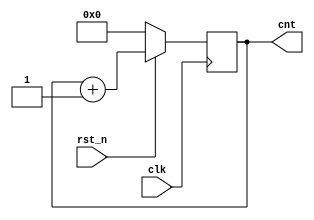
module counter(clk,rst_n,cnt);
input clk,rst_n;
output [3:0] cnt;

reg [3:0] cnt;

always @(posedge clk) begin
if(~rst_n)
    cnt=4'b0000;
else
    cnt=cnt+1;
end
endmodule

`timescale 1ns/1ps
module counter_tb;
reg clk,rst_n;
wire [3:0] cnt;

counter counter_inst(.clk(clk),.rst_n(rst_n),.cnt(cnt));

initial begin
    clk=0; rst_n=1;
    #10
    rst_n=0;
    #10
    rst_n=1;    //
    #200
    rst_n=0;
    #10
    rst_n=1;    //reset 
    #10
    $finish;
end
always #5 clk = ~clk;

initial begin
    $monitor(" = %t, output cnt = %d", $time, cnt);
end
endmodule